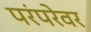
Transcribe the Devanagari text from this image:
परंपरेवर